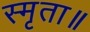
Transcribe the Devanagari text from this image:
स्मृता॥